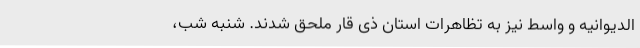
الدیوانیه و واسط نیز به تظاهرات استان ذی قار ملحق شدند. شنبه شب،